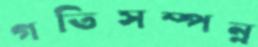
গতিসম্পন্ন